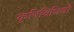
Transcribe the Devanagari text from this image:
कृषिविधियाँ